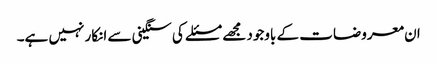
ان معروضات کے باوجود مجھے مسئلے کی سنگینی سے انکار نہیں ہے۔